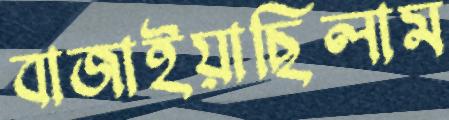
বাজাইয়াছিলাম